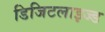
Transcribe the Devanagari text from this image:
डिजिटलाइज्ड